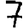
Digit: 7